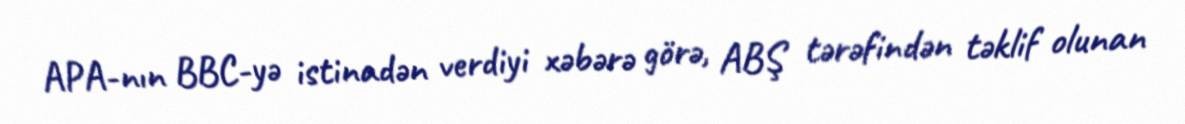
APA-nın BBC-yə istinadən verdiyi xəbərə görə, ABŞ tərəfindən təklif olunan